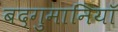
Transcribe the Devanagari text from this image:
बदगुमानियाॅ